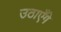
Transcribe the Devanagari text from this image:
उठाएँगे